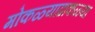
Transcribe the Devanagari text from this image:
मोकळ्याढाकळ्या